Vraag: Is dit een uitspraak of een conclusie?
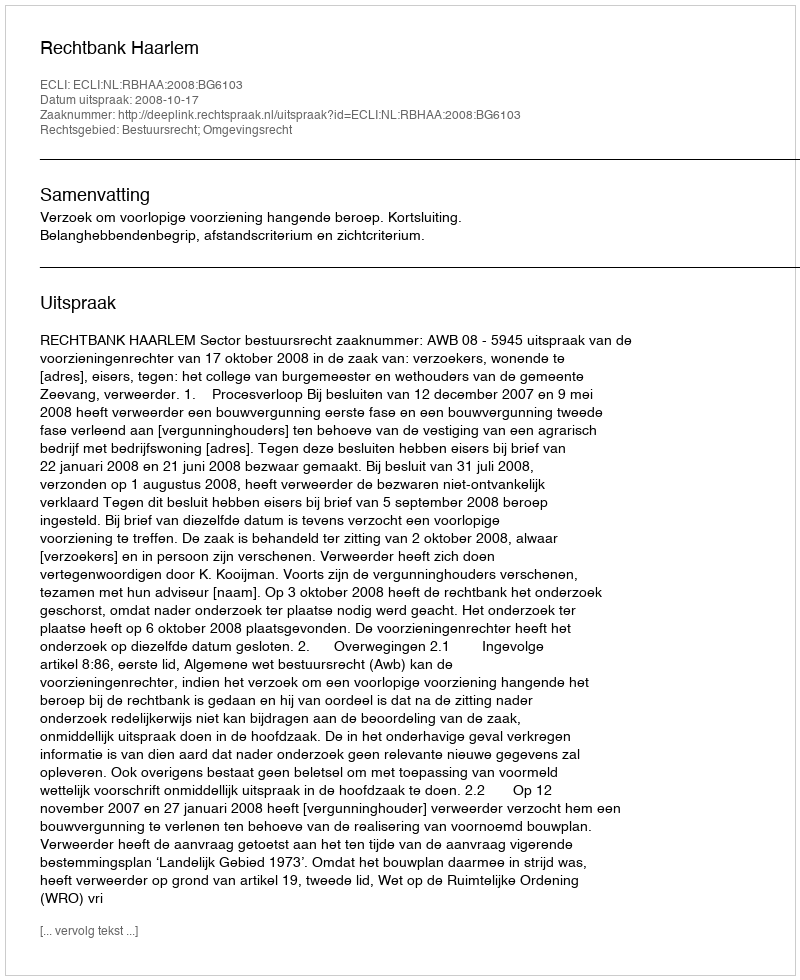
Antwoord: Uitspraak